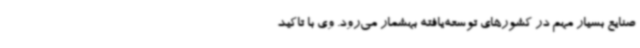
صنایع بسیار مهم در کشورهای توسعه‌یافته بهشمار می‌رود. وی با تاکید